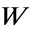
W